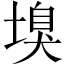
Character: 𡏣